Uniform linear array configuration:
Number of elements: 8
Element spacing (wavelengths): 1
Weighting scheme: binomial
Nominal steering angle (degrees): -60
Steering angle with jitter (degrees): -59.835
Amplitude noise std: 0.05
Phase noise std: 0.05

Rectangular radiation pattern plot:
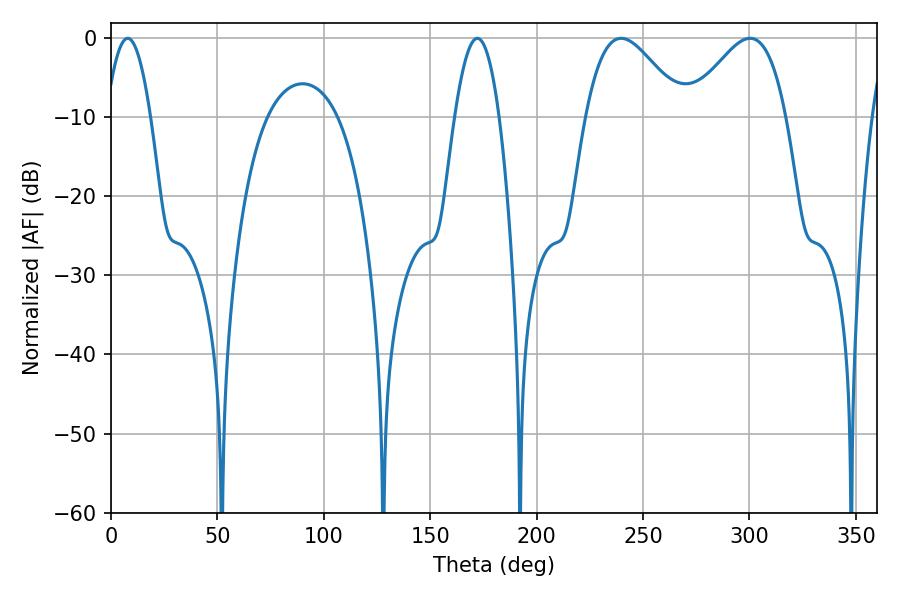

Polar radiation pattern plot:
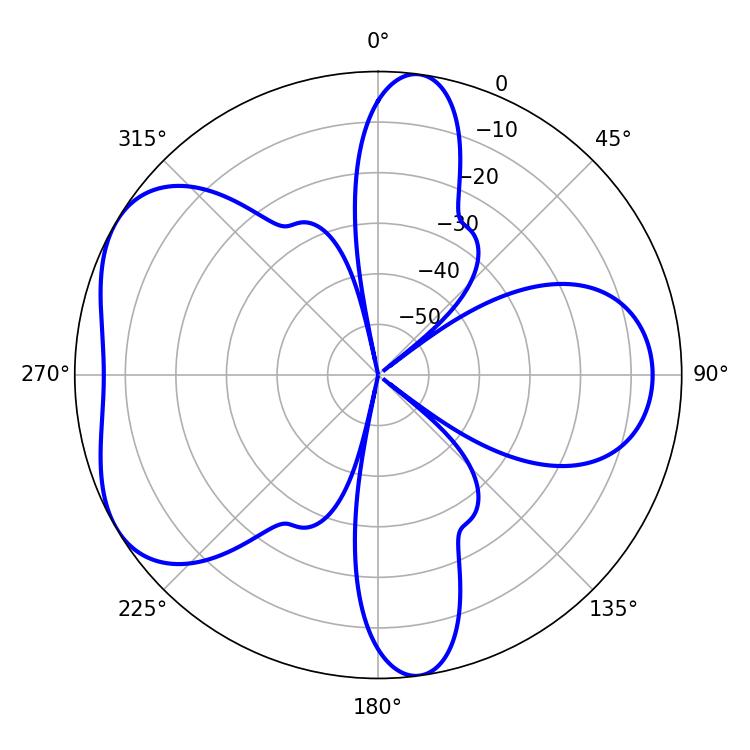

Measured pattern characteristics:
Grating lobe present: TRUE
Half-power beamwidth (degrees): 24.48
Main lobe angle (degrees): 239.76